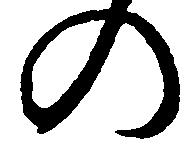
の